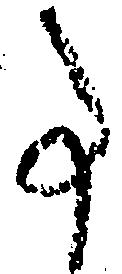
事